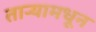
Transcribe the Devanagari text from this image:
ताऱ्यामधून